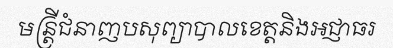
មន្ត្រីជំនាញបសុព្យាបាលខេត្តនិងអជ្ញាធរ